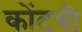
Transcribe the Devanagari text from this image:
कोंटबी